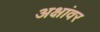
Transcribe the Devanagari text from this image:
अक्षांवर